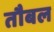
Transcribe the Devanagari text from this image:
तौबल